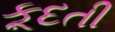
કૂદતી